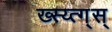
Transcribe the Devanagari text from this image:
ख्स्य्त्ग्स्